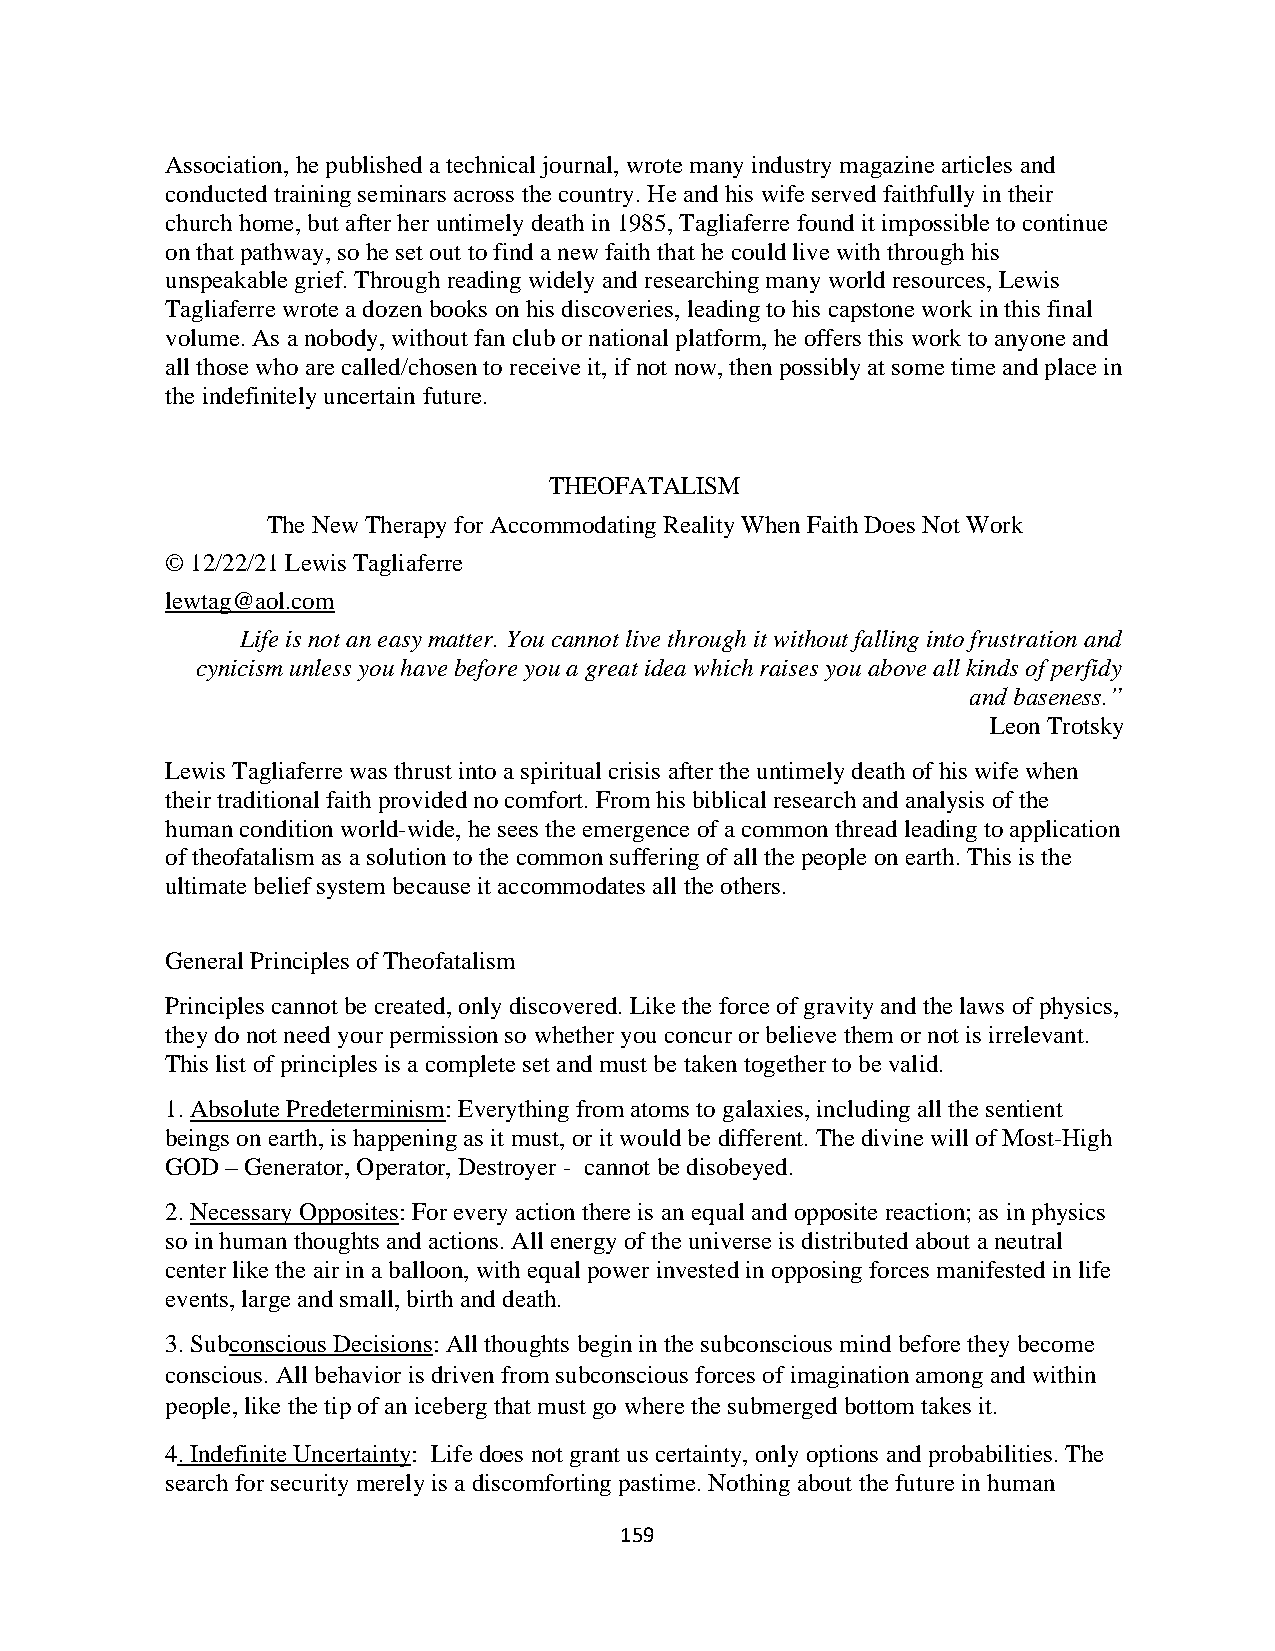
Association, he published a technical journal, wrote many industry magazine articles and
 conducted training seminars across the country. He and his wife served faithfully in their
 church home, but after her untimely death in 1985, Tagliaferre found it impossible to continue
 on that pathway, so he set out to find a new faith that he could live with through his
 unspeakable grief. Through reading widely and researching many world resources, Lewis
 Tagliaferre wrote a dozen books on his discoveries, leading to his capstone work in this final
 volume. As a nobody, without fan club or national platform, he offers this work to anyone and
 all those who are called/chosen to receive it, if not now, then possibly at some time and place in
 the indefinitely uncertain future.
 THEOFATALISM
 The New Therapy for Accommodating Reality When Faith Does Not Work
 © 12/22/21 Lewis Tagliaferre
 lewtag@aol.com
 Life is not an easy matter. You cannot live through it without falling into frustration and
 cynicism unless you have before you a great idea which raises you above all kinds of perfidy
 and baseness.”
 Leon Trotsky
 Lewis Tagliaferre was thrust into a spiritual crisis after the untimely death of his wife when
 their traditional faith provided no comfort. From his biblical research and analysis of the
 human condition world-wide, he sees the emergence of a common thread leading to application
 of theofatalism as a solution to the common suffering of all the people on earth. This is the
 ultimate belief system because it accommodates all the others.
 General Principles of Theofatalism
 Principles cannot be created, only discovered. Like the force of gravity and the laws of physics,
 they do not need your permission so whether you concur or believe them or not is irrelevant.
 This list of principles is a complete set and must be taken together to be valid.
 1. Absolute Predeterminism: Everything from atoms to galaxies, including all the sentient
 beings on earth, is happening as it must, or it would be different. The divine will of Most-High
 GOD – Generator, Operator, Destroyer - cannot be disobeyed.
 2. Necessary Opposites: For every action there is an equal and opposite reaction; as in physics
 so in human thoughts and actions. All energy of the universe is distributed about a neutral
 center like the air in a balloon, with equal power invested in opposing forces manifested in life
 events, large and small, birth and death.
 3. Subconscious Decisions: All thoughts begin in the subconscious mind before they become
 conscious. All behavior is driven from subconscious forces of imagination among and within
 people, like the tip of an iceberg that must go where the submerged bottom takes it.
 4. Indefinite Uncertainty: Life does not grant us certainty, only options and probabilities. The
 search for security merely is a discomforting pastime. Nothing about the future in human
 159